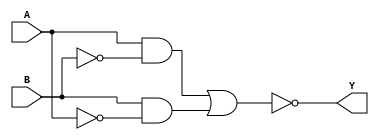
module XOR_gate(
    input A, 
    input B,
    output Y
);

wire A_inv, B_inv, out1, out2;

// CMOS transmission gates
assign A_inv = ~A;
assign B_inv = ~B;
assign out1 = A & B_inv;
assign out2 = B & A_inv;

// NOR gate to combine outputs
assign Y = ~(out1 | out2);

endmodule